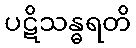
ပဋိသန္ဓရတိ